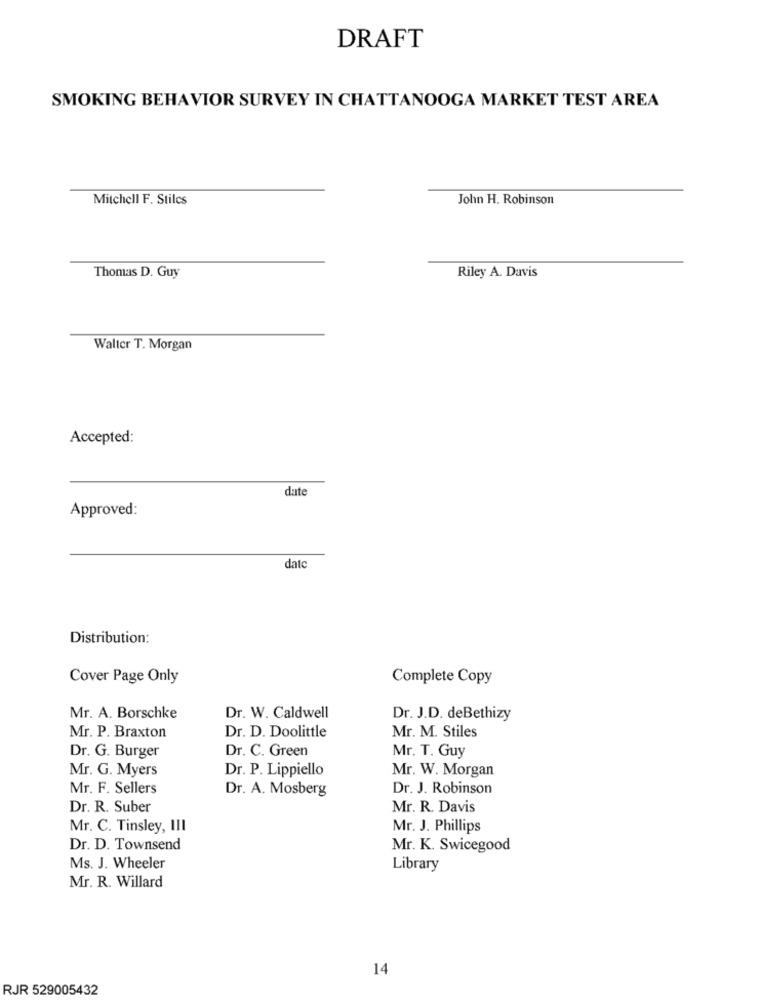
DRAFT
SMOKING BEHAVIOR SURVEY IN CHATTANOOGA MARKET TEST AREA
Mitchell F. Stilcs
John H. Robinson
Thomas D. Guy
Riley A. Davis
Walter T. Morgan
Accepted:
date
Approved:
dato
Distribution:
Cover Page Only
Complete Copy
Mr. A. Borschke
Dr. W. Caldwell
Dr. J.D. deBethizy
Mr. M. Stiles
Mr. P. Braxton
Dr. D. Doolittle
Dr. G. Burger
Dr. C. Green
Mr. T. Guy
Mr. G. Myers
Dr. P. Lippiello
Mr. W. Morgan
Mr. F. Sellers
Dr. A. Mosberg
Dr. J. Robinson
Dr. R. Suber
Mr. R. Davis
Mr. C. Tinsley, III
Mr. J. Phillips
Dr. D. Townsend
Mr. K. Swicegood
Ms. J. Wheeler
Library
Mr. R. Willard
14
RJR 529005432